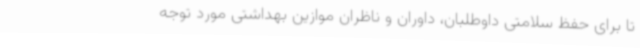
تا برای حفظ سلامتی داوطلبان، داوران و ناظران موازین بهداشتی مورد توجه